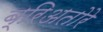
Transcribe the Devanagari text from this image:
ब्रिअतोरे